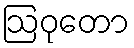
ဩဝုတော